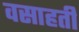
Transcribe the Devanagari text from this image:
वसाहतीं